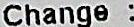
CHANGE :